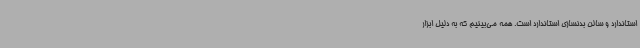
استاندارد و سالن بدنسازی استاندارد است. همه می‌بینیم که به دلیل ابزار